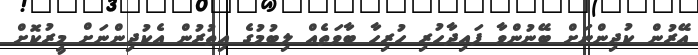
އޭރުން ކުދިންނަށް ބޭނުންވާ ފައިދާހުރި ހުރިހާ ބާވަތެއް ލިބުމުގެ އިތުރުން އެކުދިންނަށް މީރުކޮށް